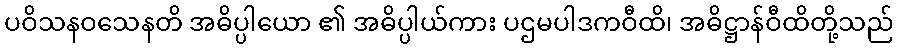
ပဝိသနဝသေနတိ အဓိပ္ပါယော ၏ အဓိပ္ပါယ်ကား ပဌမပါဒကဝီထိ၊ အဓိဋ္ဌာန်ဝီထိတို့သည်